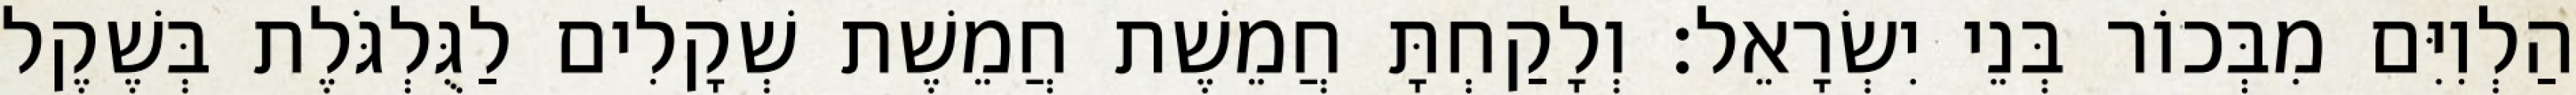
הַלְוִיִּם מִבְּכוֹר בְּנֵי יִשְׂרָאֵל׃ וְלָקַחְתָּ חֲמֵשֶׁת חֲמֵשֶׁת שְׁקָלִים לַגֻּלְגֹּלֶת בְּשֶׁקֶל